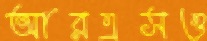
আরএসও